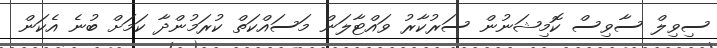
ސިވިލް ސާވިސް ކޮމިޝަނުން ސަރުކާރު ވައްޓާލަން މަސައްކަތް ކުރަމުންދާ ކަމަށް ބުނެ އެކަން